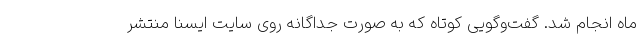
ماه انجام شد. گفت‌وگویی کوتاه که به صورت جداگانه روی سایت ایسنا منتشر